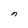
Character: n